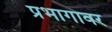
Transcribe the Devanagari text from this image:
प्रभागावर